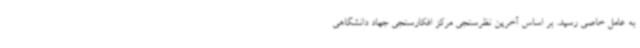
به عامل خاصی رسید. بر اساس آخرین نظرسنجی مرکز افکارسنجی جهاد دانشگاهی